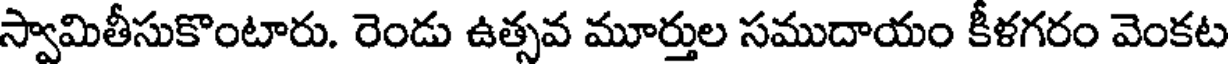
స్వామితీసుకొంటారు. రెండు ఉత్సవ మూర్తుల సముదాయం కీళగరం వెంకట